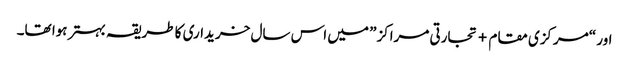
اور “مرکزی مقام + تجارتی مراکز” میں اس سال خریداری کا طریقہ بہتر ہوا تھا۔